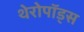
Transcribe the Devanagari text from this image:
थेरोपॉड्स